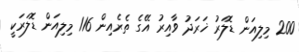
200 މިލިއަން ޑޮލަރު ޚަރަދު ވާއިރު އޭގެ ތެރެއިން 116 މިލިއަން ޑޮލަރަކީ